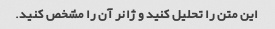
این متن را تحلیل کنید و ژانر آن را مشخص کنید.